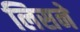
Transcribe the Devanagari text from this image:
लिसने